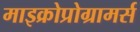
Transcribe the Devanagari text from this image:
माइक्रोप्रोग्रामर्स